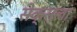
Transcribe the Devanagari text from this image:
सेक्सला